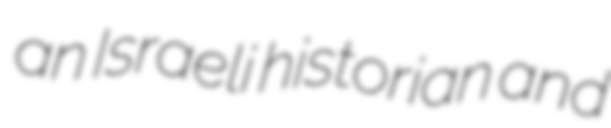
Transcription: an Israeli historian and